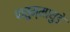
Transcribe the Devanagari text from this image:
पातुम्मायुडे